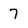
Character: 7